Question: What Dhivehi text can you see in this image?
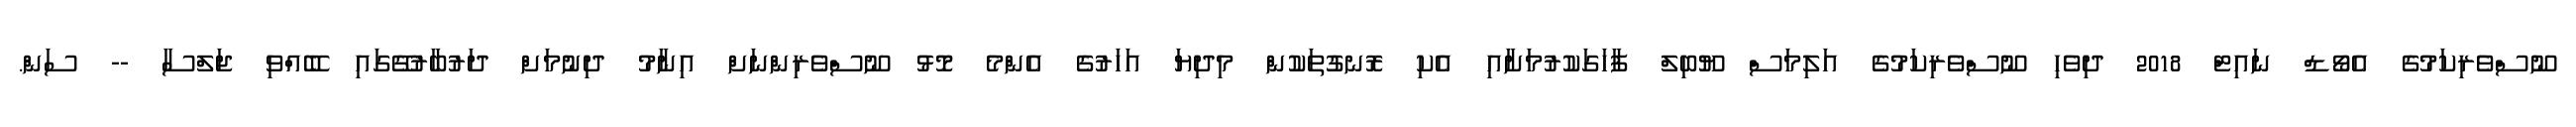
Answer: ނޫސްވެރިކަމުގެ އެވޯޑް ނައިޓް 2018 ދިވެހި ނޫސްވެރިކަމުގެ އަލިމަސް ޔޫބިލް ފާހަގަކުރުމަށާއި އެކި ރޮނގުތަކުން މިދިޔަ އަހަރުގެ އެންމެ މޮޅު ނޫސްވެރިންނަށް އިނާމު ދިނުމަށް ދަރުބާރުގޭގައި ބޭއްވި ޖަލްސާ -- ސަން.